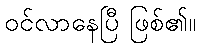
ဝင်လာနေပြီ ဖြစ်၏။